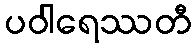
ပဝါရေဿတီ